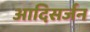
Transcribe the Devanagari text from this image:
आदिसर्जन